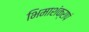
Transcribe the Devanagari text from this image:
भिमाशंक्रापं